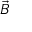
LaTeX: \scriptstyle { \vec { B } }